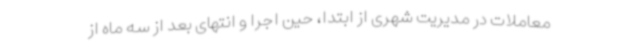
معاملات در مدیریت شهری از ابتدا، حین اجرا و انتهای بعد از سه ماه از